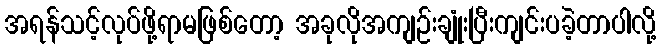
အရန်သင့်လုပ်ဖို့ရာမဖြစ်တော့ အခုလိုအကျဉ်းချုံးပြီးကျင်းပခဲ့တာပါလို့